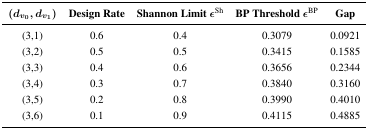
<table><thead><tr><td><b>(<i>d</i><i><sub>v</sub></i><sub><sub>0</sub></sub>, <i>d</i><i><sub>v</sub></i><sub><sub>1</sub></sub>)</b></td><td><b>Design Rate</b></td><td><b>Shannon Limit <i>ε</i><sup>Sh</sup></b></td><td><b>BP Threshold <i>ε</i><sup>BP</sup></b></td><td><b>Gap</b></td></tr></thead><tbody><tr><td>(3,1)</td><td>0.6</td><td>0.4</td><td>0.3079</td><td>0.0921</td></tr><tr><td>(3,2)</td><td>0.5</td><td>0.5</td><td>0.3415</td><td>0.1585</td></tr><tr><td>(3,3)</td><td>0.4</td><td>0.6</td><td>0.3656</td><td>0.2344</td></tr><tr><td>(3,4)</td><td>0.3</td><td>0.7</td><td>0.3840</td><td>0.3160</td></tr><tr><td>(3,5)</td><td>0.2</td><td>0.8</td><td>0.3990</td><td>0.4010</td></tr><tr><td>(3,6)</td><td>0.1</td><td>0.9</td><td>0.4115</td><td>0.4885</td></tr></tbody></table>